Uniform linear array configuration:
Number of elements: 4
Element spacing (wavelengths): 0.25
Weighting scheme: exponential
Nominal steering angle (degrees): -45
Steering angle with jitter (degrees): -43.076
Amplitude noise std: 0.05
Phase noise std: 0.05

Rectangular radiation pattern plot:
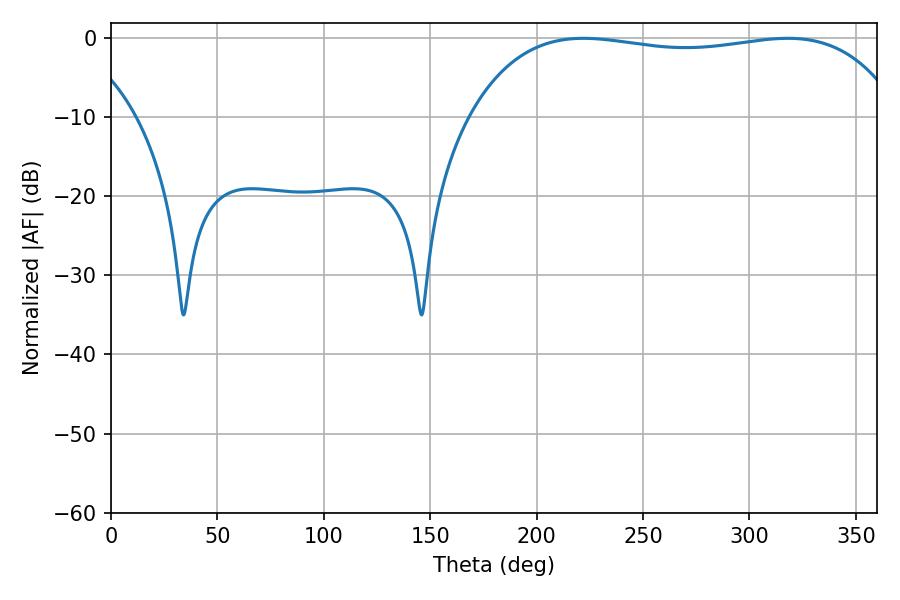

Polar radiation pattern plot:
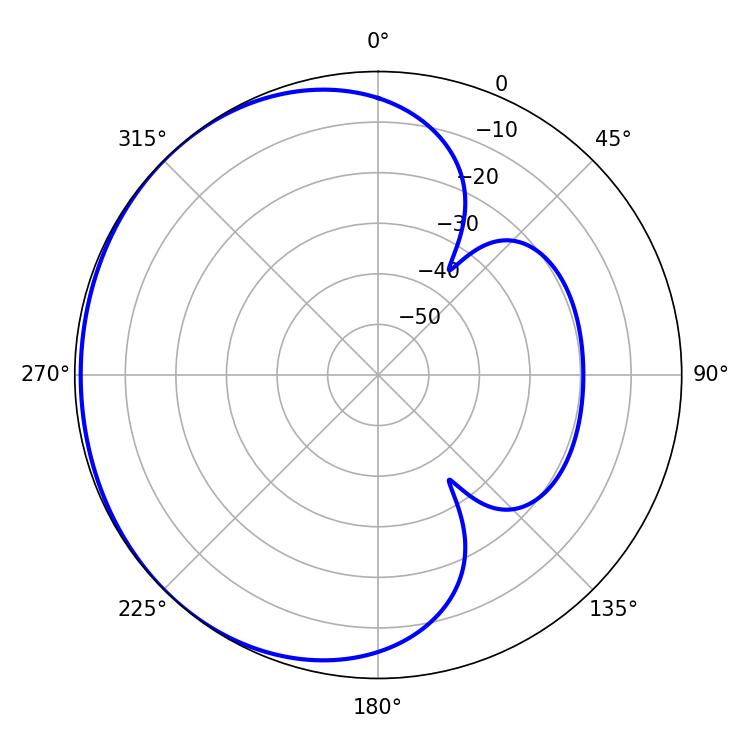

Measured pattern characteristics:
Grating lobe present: FALSE
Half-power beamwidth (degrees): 162.72
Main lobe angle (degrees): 221.94